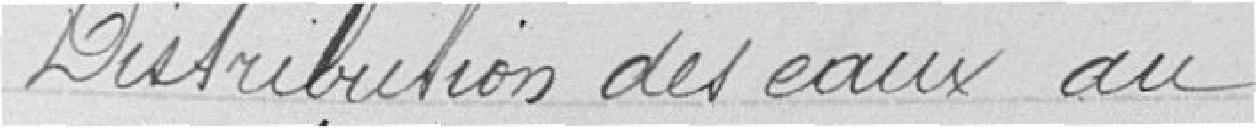
Distribution des eaux au